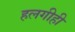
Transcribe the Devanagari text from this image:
हलगीही